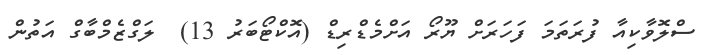
ސްލޮވާކިއާ ފުރަތަމަ ފަހަރަށް ޔޫރޯ އަށްމެޑްރިޑް (އޮކްޓޯބަރު 13)  ލަގްޒެމްބާގް އަތުން